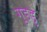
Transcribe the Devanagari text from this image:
गुडडु